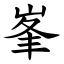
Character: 峯